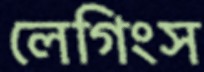
লেগিংস